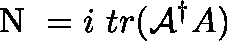
\mathrm { \boldmath ~ N ~ } = i ~ t r ( { \cal { A } } ^ { \dag } A )